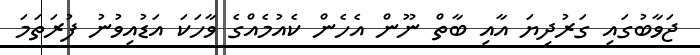
ޖަވާބުގައި ގަރުދިޔަ އާއި ބާތް ނޫން އެހެން ކެއުމެއްގެ ވާހަކަ އަޑުއިވުނު ފުރަތަމަ